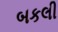
બકલી